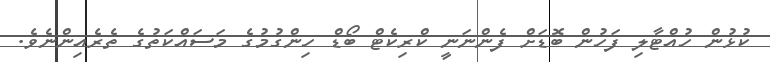
ކުޅުން ހުއްޓާލި ފަހުން ބޮޑަށް ފެންނަނީ ކްރިކެޓް ބޯޑް ހިންގުމުގެ މަސައްކަތުގެ ތެރެއިންނެވެ.